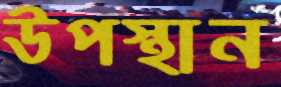
উপস্থান